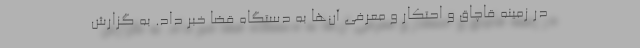
در زمینه قاچاق و احتکار و معرفی آن‌ها به دستگاه قضا خبر داد. به گزارش